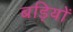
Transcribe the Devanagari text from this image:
बड़ियों